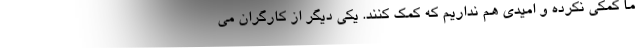
ما کمکی نکرده و امیدی هم نداریم که کمک کنند. یکی دیگر از کارگران می